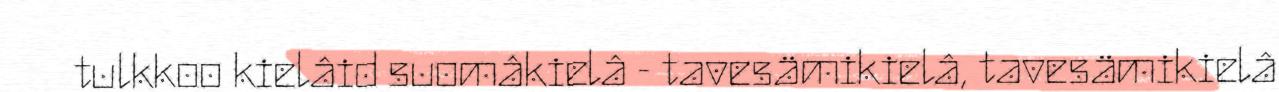
tulkkoo kielâid suomâkielâ - tavesämikielâ, tavesämikielâ